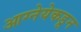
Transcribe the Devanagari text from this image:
आग्नेयेकडून